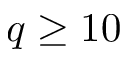
q \geq 1 0